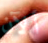
ألآن